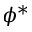
\phi ^ { * }